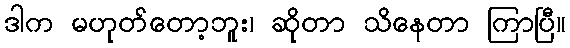
ဒါက မဟုတ်တော့ဘူး၊ ဆိုတာ သိနေတာ ကြာပြီ။